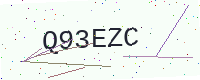
Text: Q93EZC